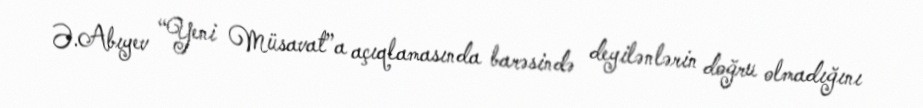
Ə.Abıyev “Yeni Müsavat”a açıqlamasında barəsində deyilənlərin doğru olmadığını